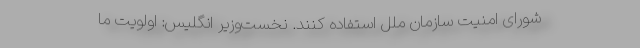
شورای امنیت سازمان ملل استفاده کنند. نخست‌وزیر انگلیس: اولویت ما